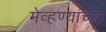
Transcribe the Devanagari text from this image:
मेव्हण्यांच्या